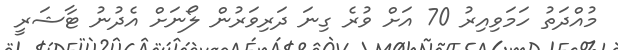
މުއްދަތު ހަމަވިއިރު 70 އަށް ވުރެ ގިނަ ދަރިވަރުން ލޯނަށް އެދުނު ޓާޝަރީ